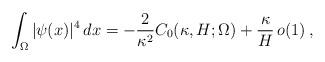
LaTeX: \begin{align*}\int_\Omega|\psi(x)|^4\,dx=-\frac2{\kappa^2}C_0(\kappa,H;\Omega)+\frac{\kappa}{H}\,o(1)\,,\end{align*}